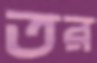
তর